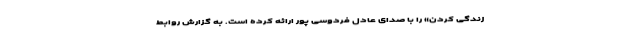
زندگی کردن» را با صدای عادل فردوسی پور ارائه کرده است. به گزارش روابط